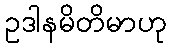
ဥဒါနမိတိမာဟု